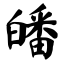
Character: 皤